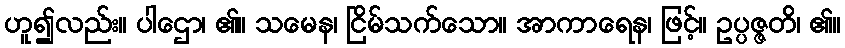
ဟူ၍လည်း။ ပါဌော၊ ၏။ သမေန၊ ငြိမ်သက်သော။ အာကာရေန၊ ဖြင့်။ ဥပ္ပဇ္ဇတိ၊ ၏။